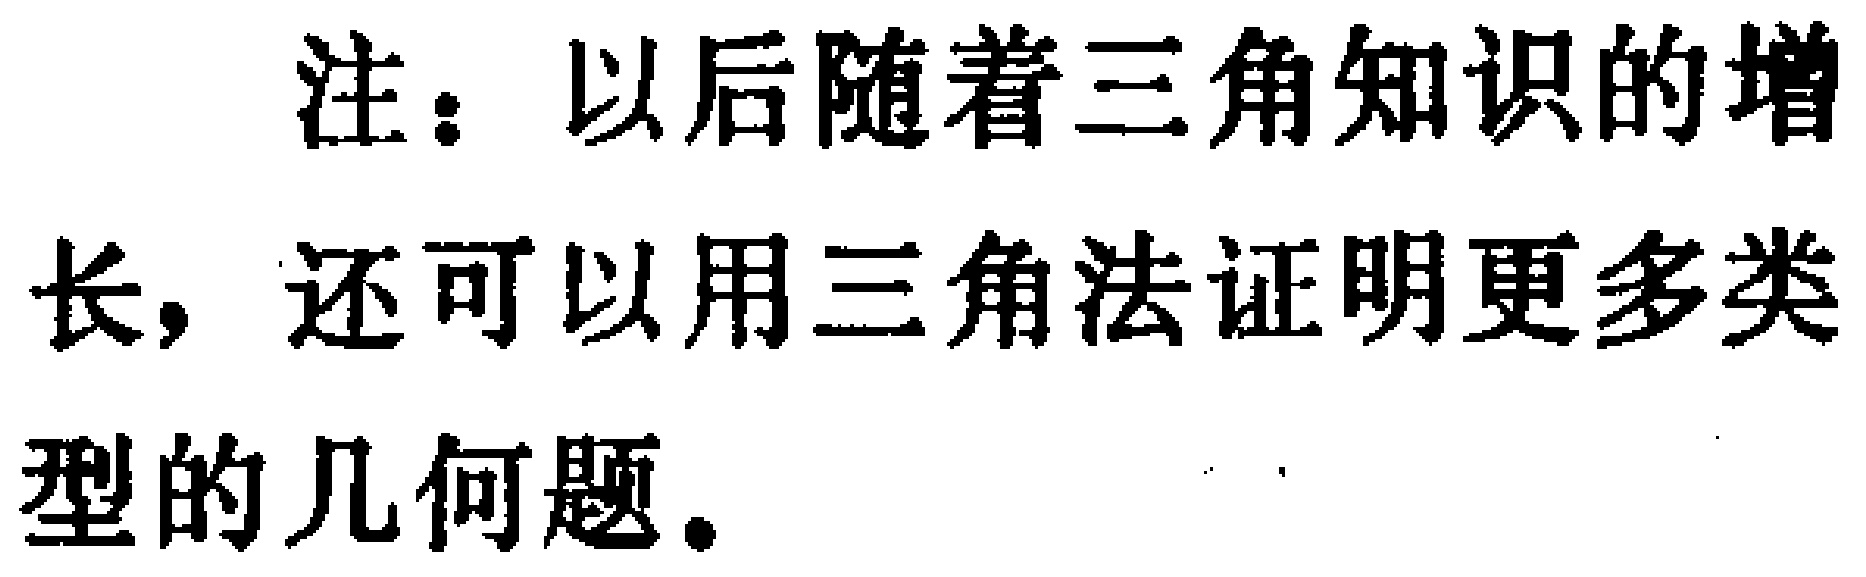
注：以后随着三角知识的增长，还可以用三角法证明更多类型的几何题。